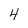
Character: 4